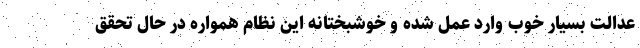
عدالت بسیار خوب وارد عمل شده و خوشبختانه این نظام همواره در حال تحقق